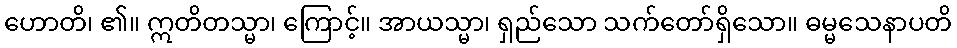
ဟောတိ၊ ၏။ ဣတိတသ္မာ၊ ကြောင့်။ အာယသ္မာ၊ ရှည်သော သက်တော်ရှိသော။ ဓမ္မသေနာပတိ